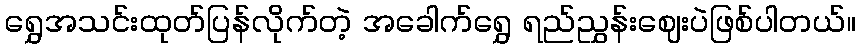
ရွှေအသင်းထုတ်ပြန်လိုက်တဲ့ အခေါက်ရွှေ ရည်ညွှန်းဈေးပဲဖြစ်ပါတယ်။